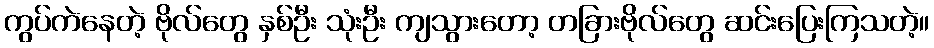
ကွပ်ကဲနေတဲ့ ဗိုလ်တွေ နှစ်ဦး သုံးဦး ကျသွားတော့ တခြားဗိုလ်တွေ ဆင်းပြေးကြသတဲ့။